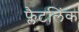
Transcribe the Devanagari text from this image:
फ्लैटलिंक